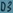
Text: D3